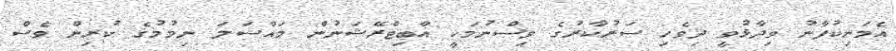
އެމަނިކުފާނު ވިދާޅުވީ ދިވެހި ސަރުކާރުގެ ވިސްނުމަކީ އާބިޓްރޭޝަނުން މައްސަލަ ނިމުމުގެ ކުރިން ވެސް